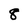
Character: 8